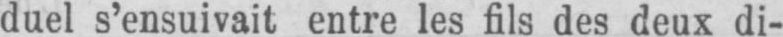
duel s’ensuivait entre les fils des deux di-